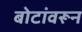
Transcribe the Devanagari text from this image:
बोटांवरून